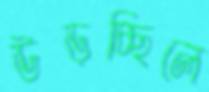
উড়চ্ছিলে